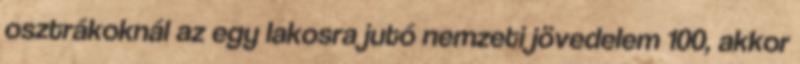
osztrákoknál az egy lakosra jutó nemzeti jövedelem 100, akkor